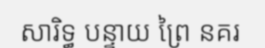
សារិទ្ធ បន្ទាយ ព្រៃ នគរ